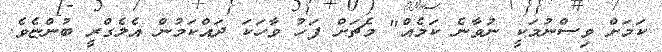
ކަމަށް ވިސްނުމަކީ ނުވާނެ ކަމެއް" މެޗަށް ފަހު ވާހަކަ ދައްކަމުން އެލެގްރީ ބުންޏެވެ.